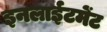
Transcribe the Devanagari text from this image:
इनलाईटमेंट